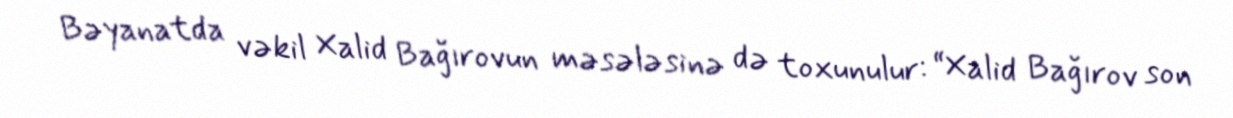
Bəyanatda vəkil Xalid Bağırovun məsələsinə də toxunulur: “Xalid Bağırov son